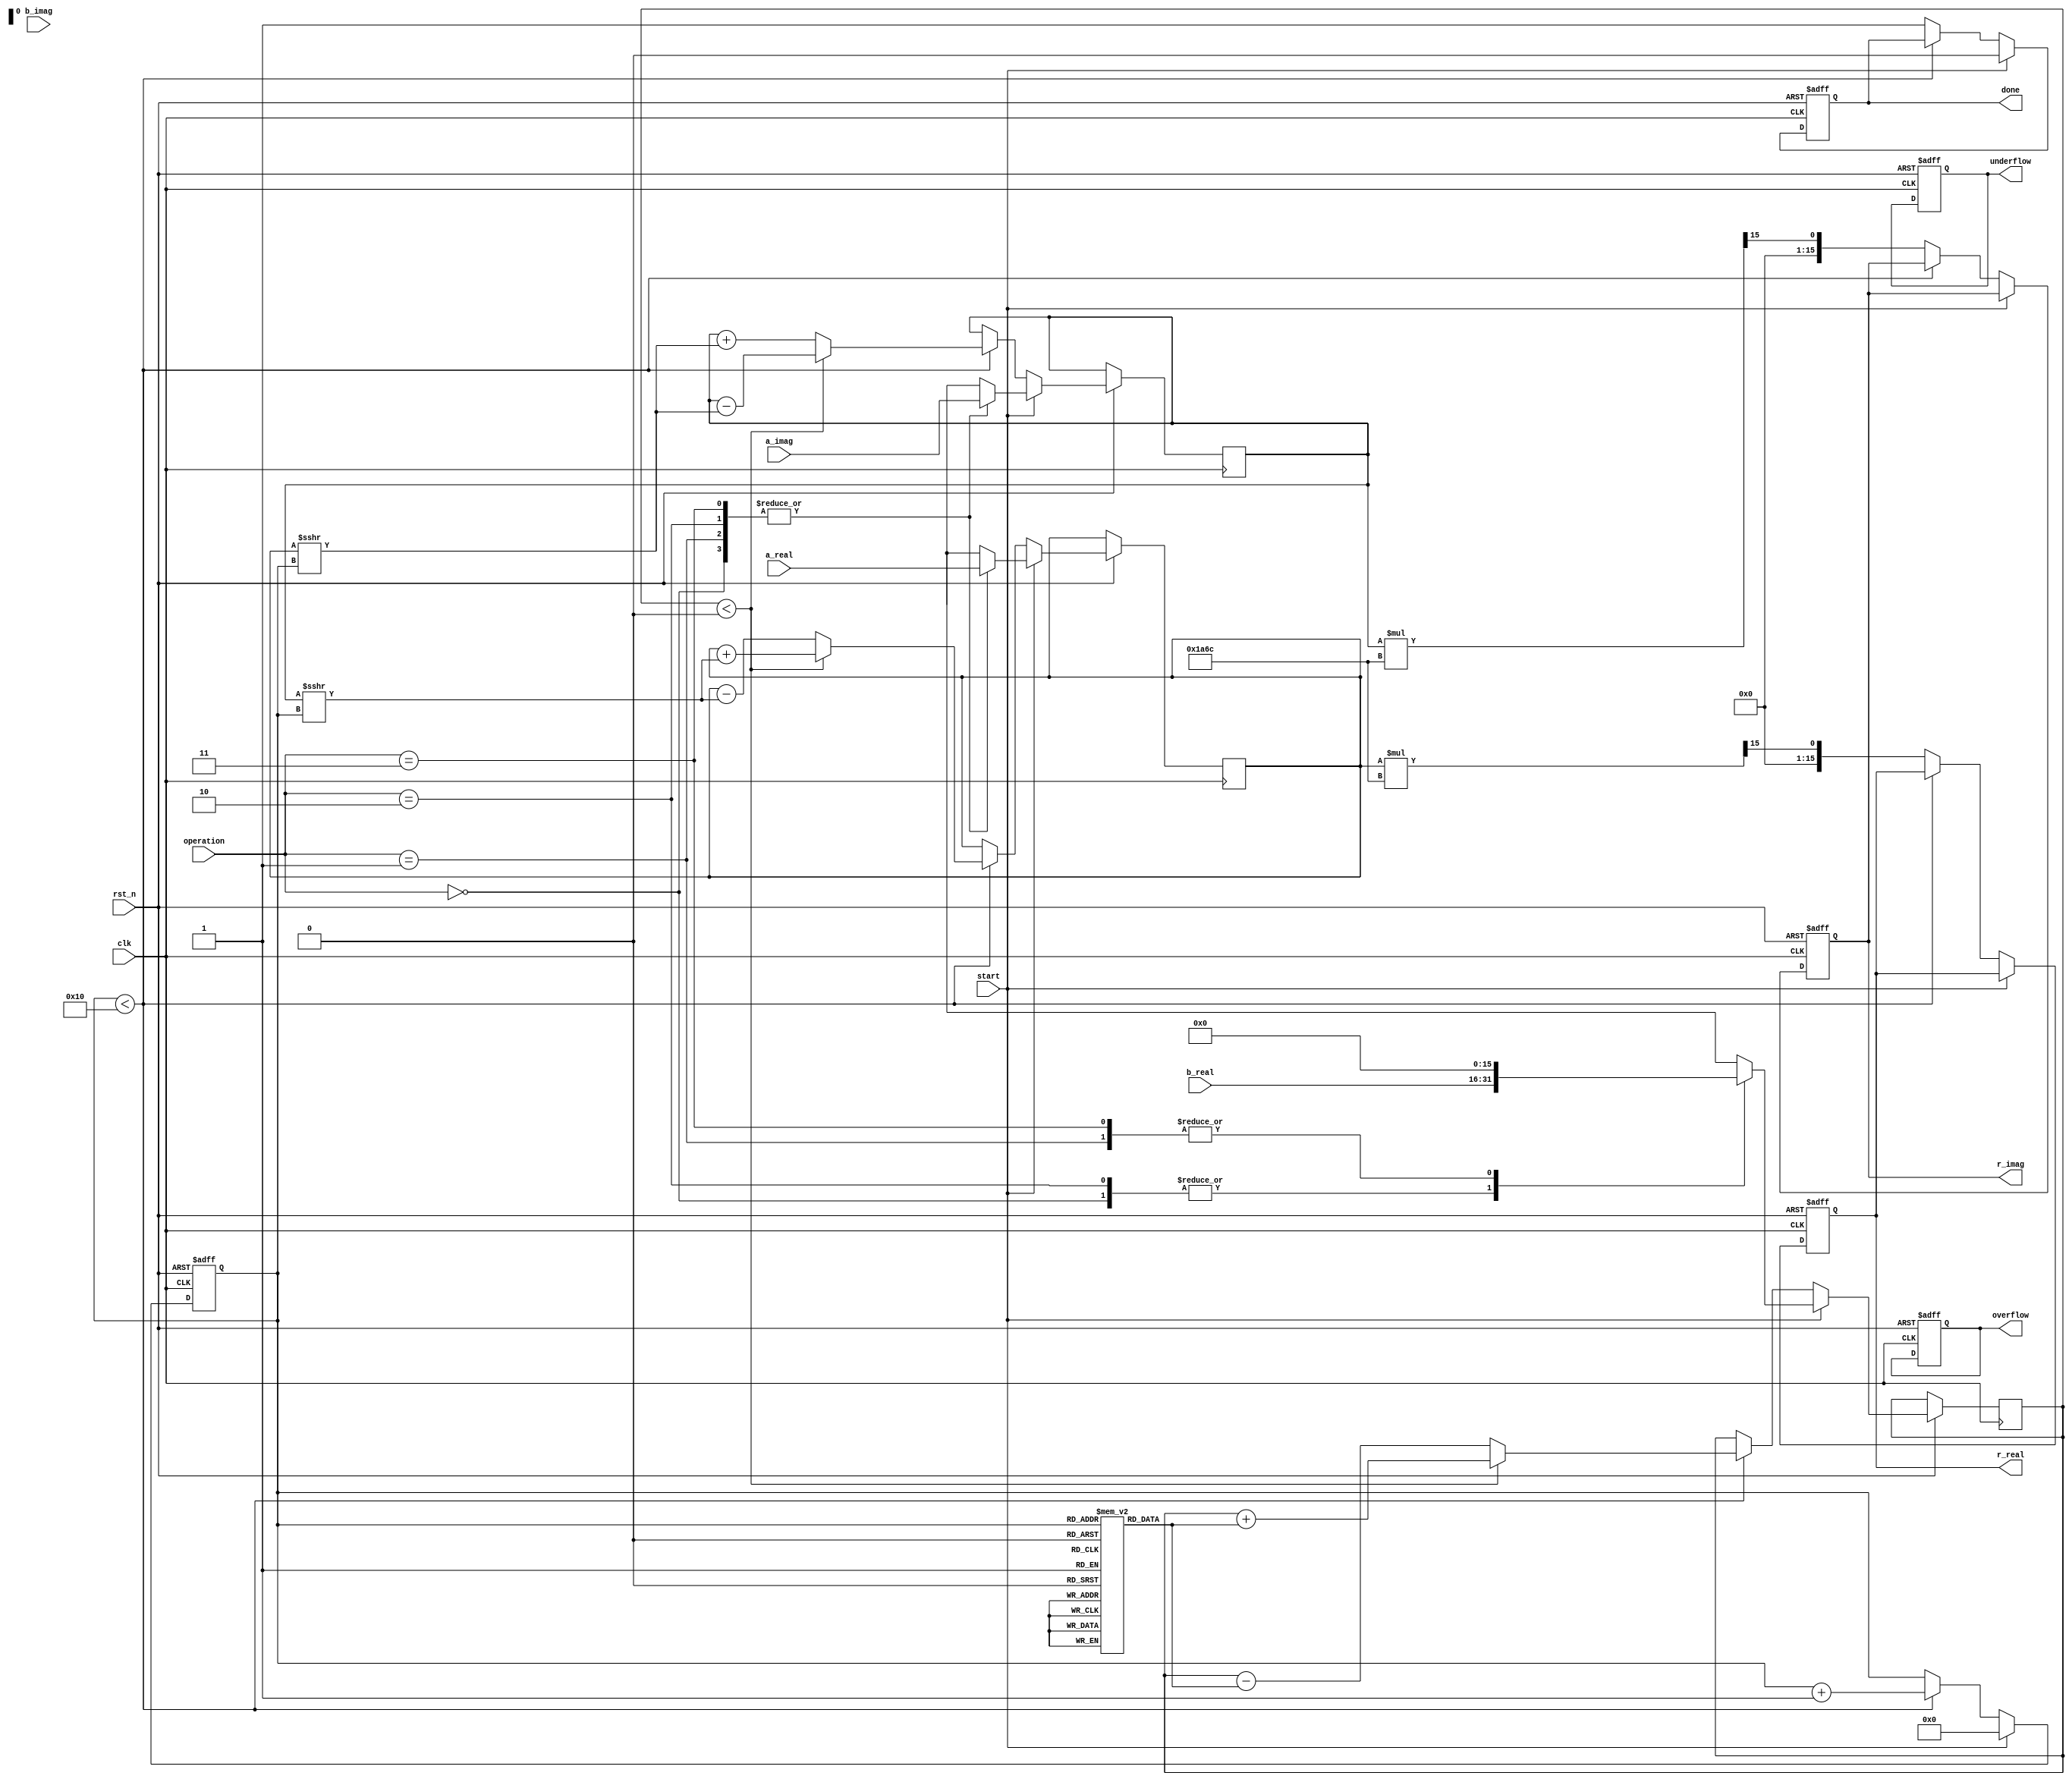
module complex_cordic (
    input clk,
    input rst_n,
    input [15:0] a_real,      // Real part of input A
    input [15:0] a_imag,      // Imaginary part of input A
    input [15:0] b_real,      // Real part of input B
    input [15:0] b_imag,      // Imaginary part of input B
    input [1:0] operation,    // Operation: 00 = rotation, 01 = vectoring, 10 = multiplication, 11 = division
    input start,              // Start signal
    output reg [15:0] r_real, // Real part of result R
    output reg [15:0] r_imag, // Imaginary part of result R
    output reg done,          // Operation complete flag
    output reg overflow,      // Overflow flag
    output reg underflow      // Underflow flag
);

    // Parameters
    parameter NUM_ITERATIONS = 16; // Number of CORDIC iterations
    parameter CORDIC_GAIN = 16'h1A6C; // Pre-calculated scaling factor (for example)

    // Internal registers
    reg [15:0] x, y, z; // x, y, z for CORDIC calculations
    reg [3:0] iteration; // Iteration counter
    reg [15:0] angle_table [0:NUM_ITERATIONS-1]; // Lookup table for arctangent values

    // Initialize angle table (arctan(2^-i) values)
    initial begin
        angle_table[0] = 16'h2000; // atan(1) = 45 degrees
        angle_table[1] = 16'h1000; // atan(0.5) = 26.565 degrees
        angle_table[2] = 16'h0800; // atan(0.25) = 14.036 degrees
        // ... Fill in the rest of the angle values
        angle_table[15] = 16'h0001; // atan(2^-15)
    end

    // FSM for CORDIC operation
    always @(posedge clk or negedge rst_n) begin
        if (!rst_n) begin
            // Reset state
            r_real <= 0;
            r_imag <= 0;
            done <= 0;
            overflow <= 0;
            underflow <= 0;
            iteration <= 0;
        end else if (start) begin
            // Initialize inputs based on operation
            case (operation)
                2'b00: begin // Rotation
                    x <= a_real;
                    y <= a_imag;
                    z <= b_real; // Assuming b_real contains the angle for rotation
                end
                2'b01: begin // Vectoring
                    x <= a_real;
                    y <= a_imag;
                    z <= 0; // Initialize angle to 0
                end
                2'b10: begin // Multiplication
                    x <= a_real;
                    y <= a_imag;
                    z <= b_real; // Assuming b_real contains the angle for multiplication
                end
                2'b11: begin // Division
                    x <= a_real;
                    y <= a_imag;
                    z <= 0; // Initialize angle to 0
                end
            endcase
            iteration <= 0;
            done <= 0;
        end else if (iteration < NUM_ITERATIONS) begin
            // CORDIC iteration
            if (z < 0) begin
                // Rotate counter-clockwise
                x <= x + (y >>> iteration);
                y <= y - (x >>> iteration);
                z <= z + angle_table[iteration];
            end else begin
                // Rotate clockwise
                x <= x - (y >>> iteration);
                y <= y + (x >>> iteration);
                z <= z - angle_table[iteration];
            end
            iteration <= iteration + 1;
        end else begin
            // Operation complete
            r_real <= x * CORDIC_GAIN >>> 15; // Scale the result
            r_imag <= y * CORDIC_GAIN >>> 15; // Scale the result
            done <= 1;
        end
    end

endmodule